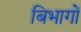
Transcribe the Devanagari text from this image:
बिभागों